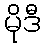
မိုဒီ